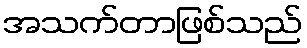
အသက်တာဖြစ်သည်